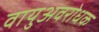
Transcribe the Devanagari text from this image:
वायुअवरोधक